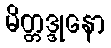
မိတ္တဒ္ဒုနော